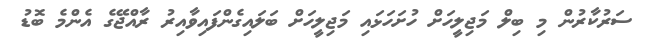
ސަރުކާރުން މި ބިލް މަޖިލީހަށް ހުށަހަަޅައި މަޖިލީހަށް ބަލައިގެންފައިވާއިރު ރާއްޖޭގެ އެންމެ ބޮޑު